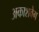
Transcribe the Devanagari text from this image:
अकाशवेग